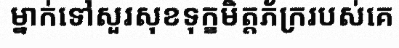
ម្នាក់ទៅសួរសុខទុក្ខមិត្តភ័ក្ររបស់គេ